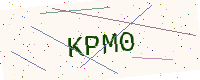
Text: KPM0